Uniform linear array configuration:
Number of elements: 24
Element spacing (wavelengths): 1
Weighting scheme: cosine
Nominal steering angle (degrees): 15
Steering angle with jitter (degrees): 15.656
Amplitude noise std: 0.05
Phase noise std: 0.05

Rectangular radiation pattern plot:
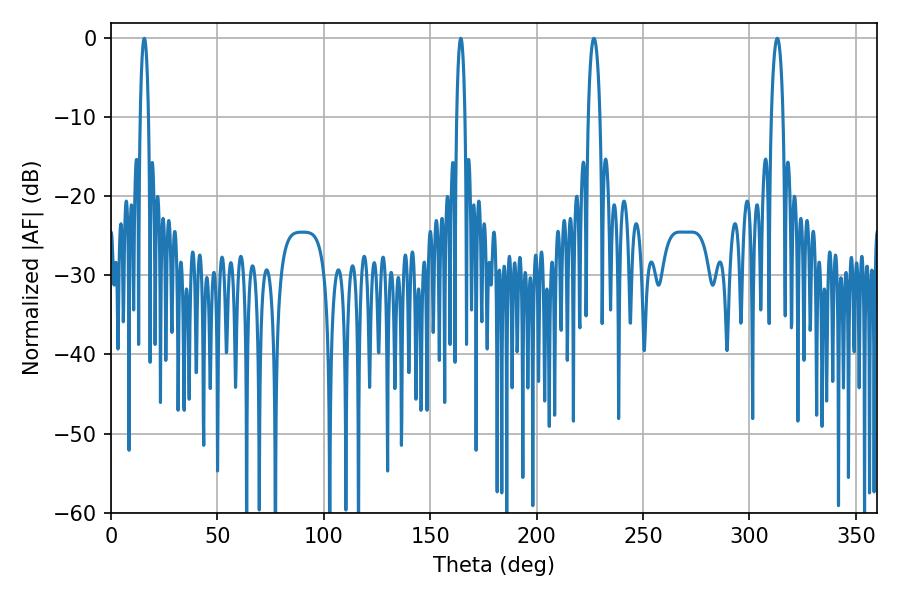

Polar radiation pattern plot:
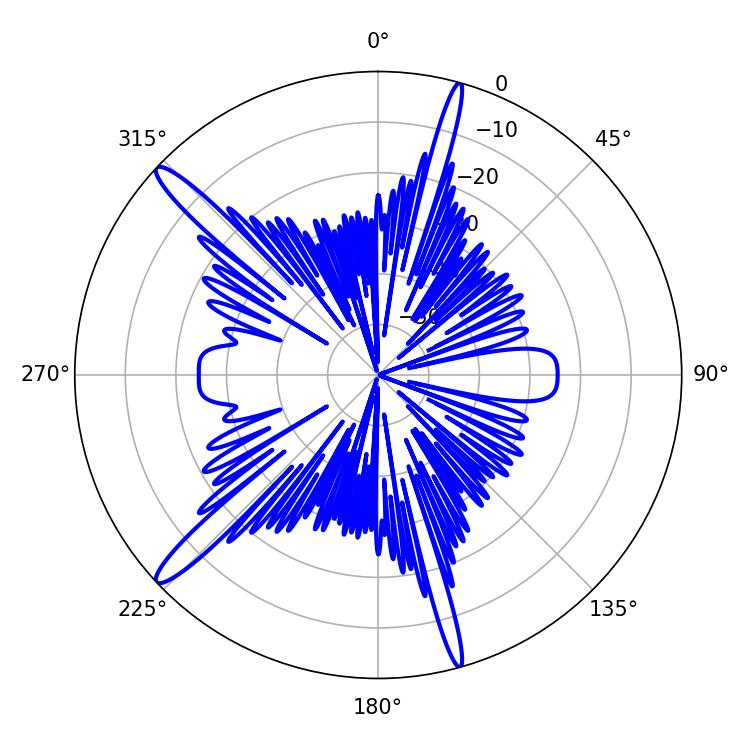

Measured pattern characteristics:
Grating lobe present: TRUE
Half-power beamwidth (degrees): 2.16
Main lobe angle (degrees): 164.34